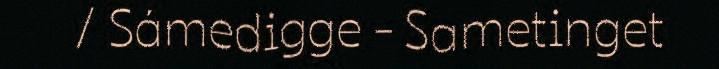
/ Sámedigge - Sametinget